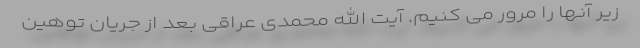
زیر آنها را مرور می کنیم. آیت الله محمدی عراقی بعد از جریان توهین